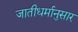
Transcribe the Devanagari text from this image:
जातीधर्मानुसार